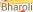
Bharoli